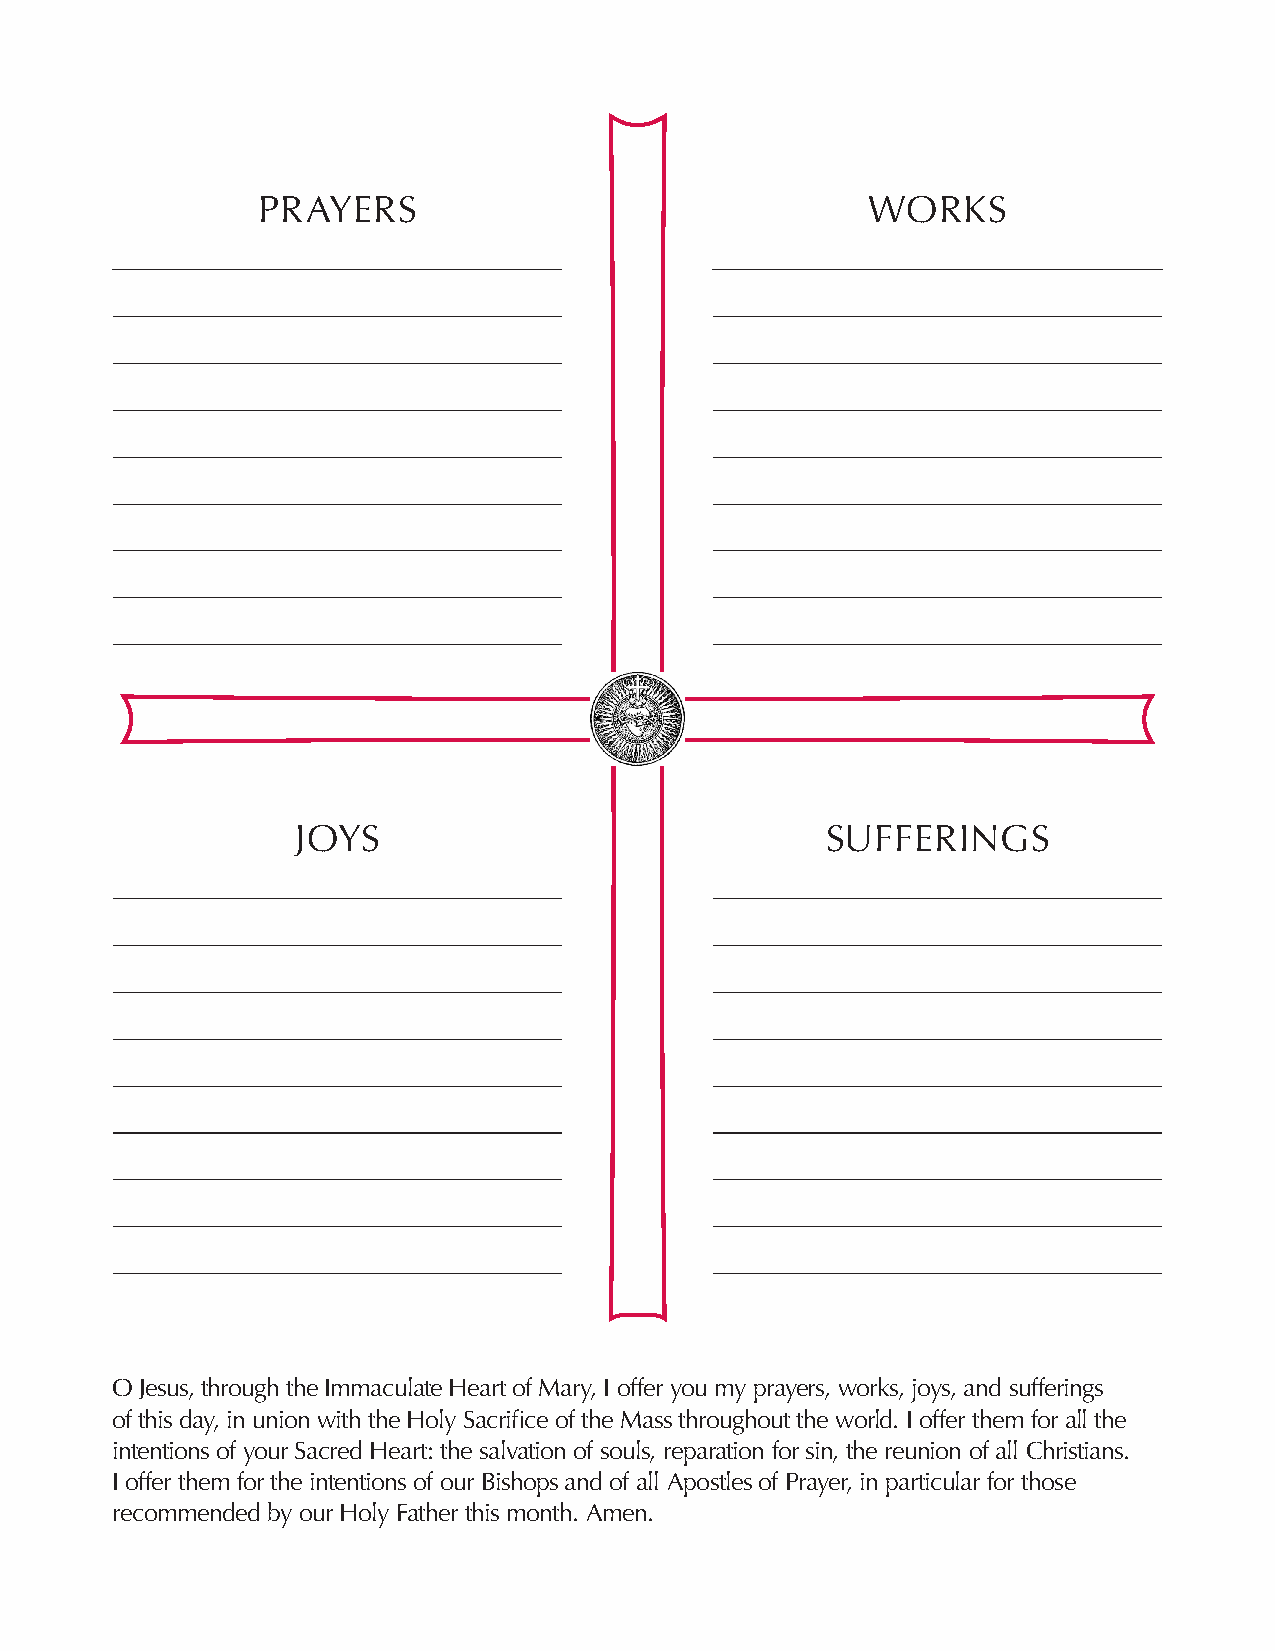
PRAYERS                                 WORKS
 JOYS                               SUFFERINGS
 O Jesus, through the Immaculate Heart of Mary, I offer you my prayers, works, joys, and sufferings
 of this day, in union with the Holy Sacrifice of the Mass throughout the world. I offer them for all the
 intentions of your Sacred Heart: the salvation of souls, reparation for sin, the reunion of all Christians.
 I offer them for the intentions of our Bishops and of all Apostles of Prayer, in particular for those
 recommended by our Holy Father this month. Amen.